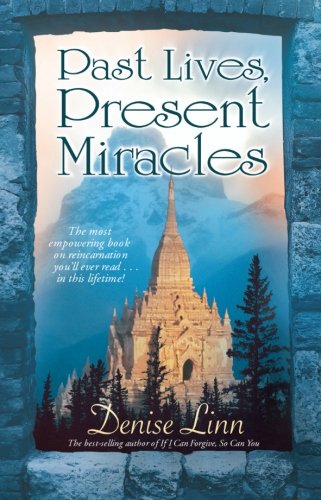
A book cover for Past Lives, Present Miracles: The Most Empowering Book on Reincarnation You'll Ever Read...in this Lifetime!; Denise Linn; Religion & Spirituality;